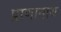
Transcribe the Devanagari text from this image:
प्राणानाथ